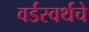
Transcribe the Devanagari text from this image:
वर्डस्वर्थचे